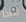
ماذا